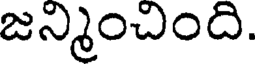
జన్మించింది.